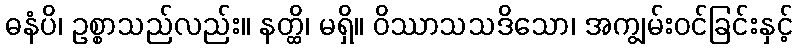
ဓနံပိ၊ ဥစ္စာသည်လည်း။ နတ္ထိ၊ မရှိ။ ဝိဿာသသဒိသော၊ အကျွမ်းဝင်ခြင်းနှင့်